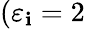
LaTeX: (\varepsilon_{\mathbf{i}}=2